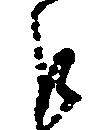
巨